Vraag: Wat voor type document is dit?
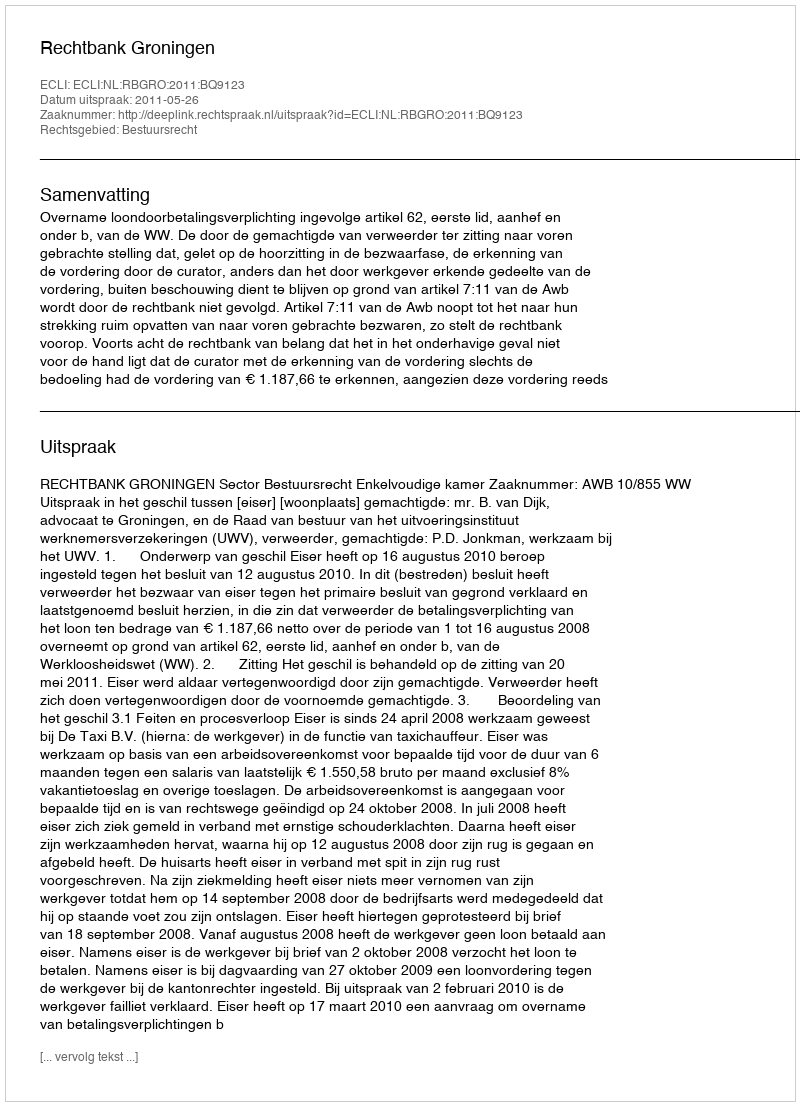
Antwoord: Uitspraak